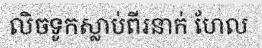
លិចទូកស្លាប់ពីរនាក់ ហែល